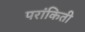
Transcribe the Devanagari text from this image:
परांकिती